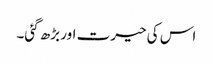
اس کی حیرت اور بڑھ گئی۔